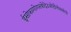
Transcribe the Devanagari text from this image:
ईसोफागोगस्त्रोदेउओदीनोसकोपी